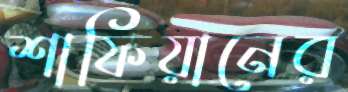
শাফিয়ানের